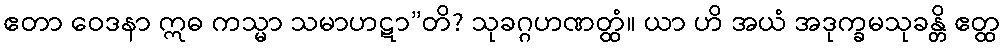
ဧတာ ဝေဒနာ ဣဓ ကသ္မာ သမာဟဋာ”တိ? သုခဂ္ဂဟဏတ္ထံ။ ယာ ဟိ အယံ အဒုက္ခမသုခန္တိ ဧတ္ထ